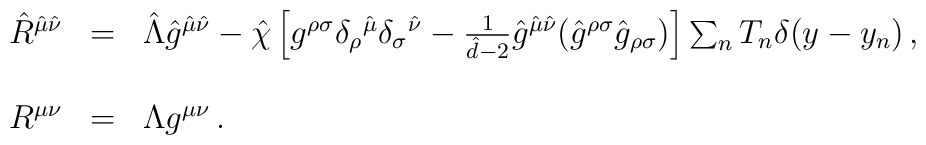
\begin{array}{rcl}\hat{R}^{\hat{\mu}\hat{\nu}} & = & \hat{\Lambda}\hat{g}^{\hat{\mu}\hat{\nu}}-\hat{\chi} \left[g^{\rho\sigma}\delta_{\rho}{}^{\hat{\mu}}\delta_{\sigma}{}^{\hat{\nu}} -{\textstyle\frac{1}{\hat{d}-2}}\hat{g}^{\hat{\mu}\hat{\nu}} (\hat{g}^{\rho\sigma}\hat{g}_{\rho\sigma})\right]\sum_{n}T_{n}\delta(y-y_{n})\, ,\\& & \\R^{\mu\nu} & = & \Lambda g^{\mu\nu}\, .\\\end{array}